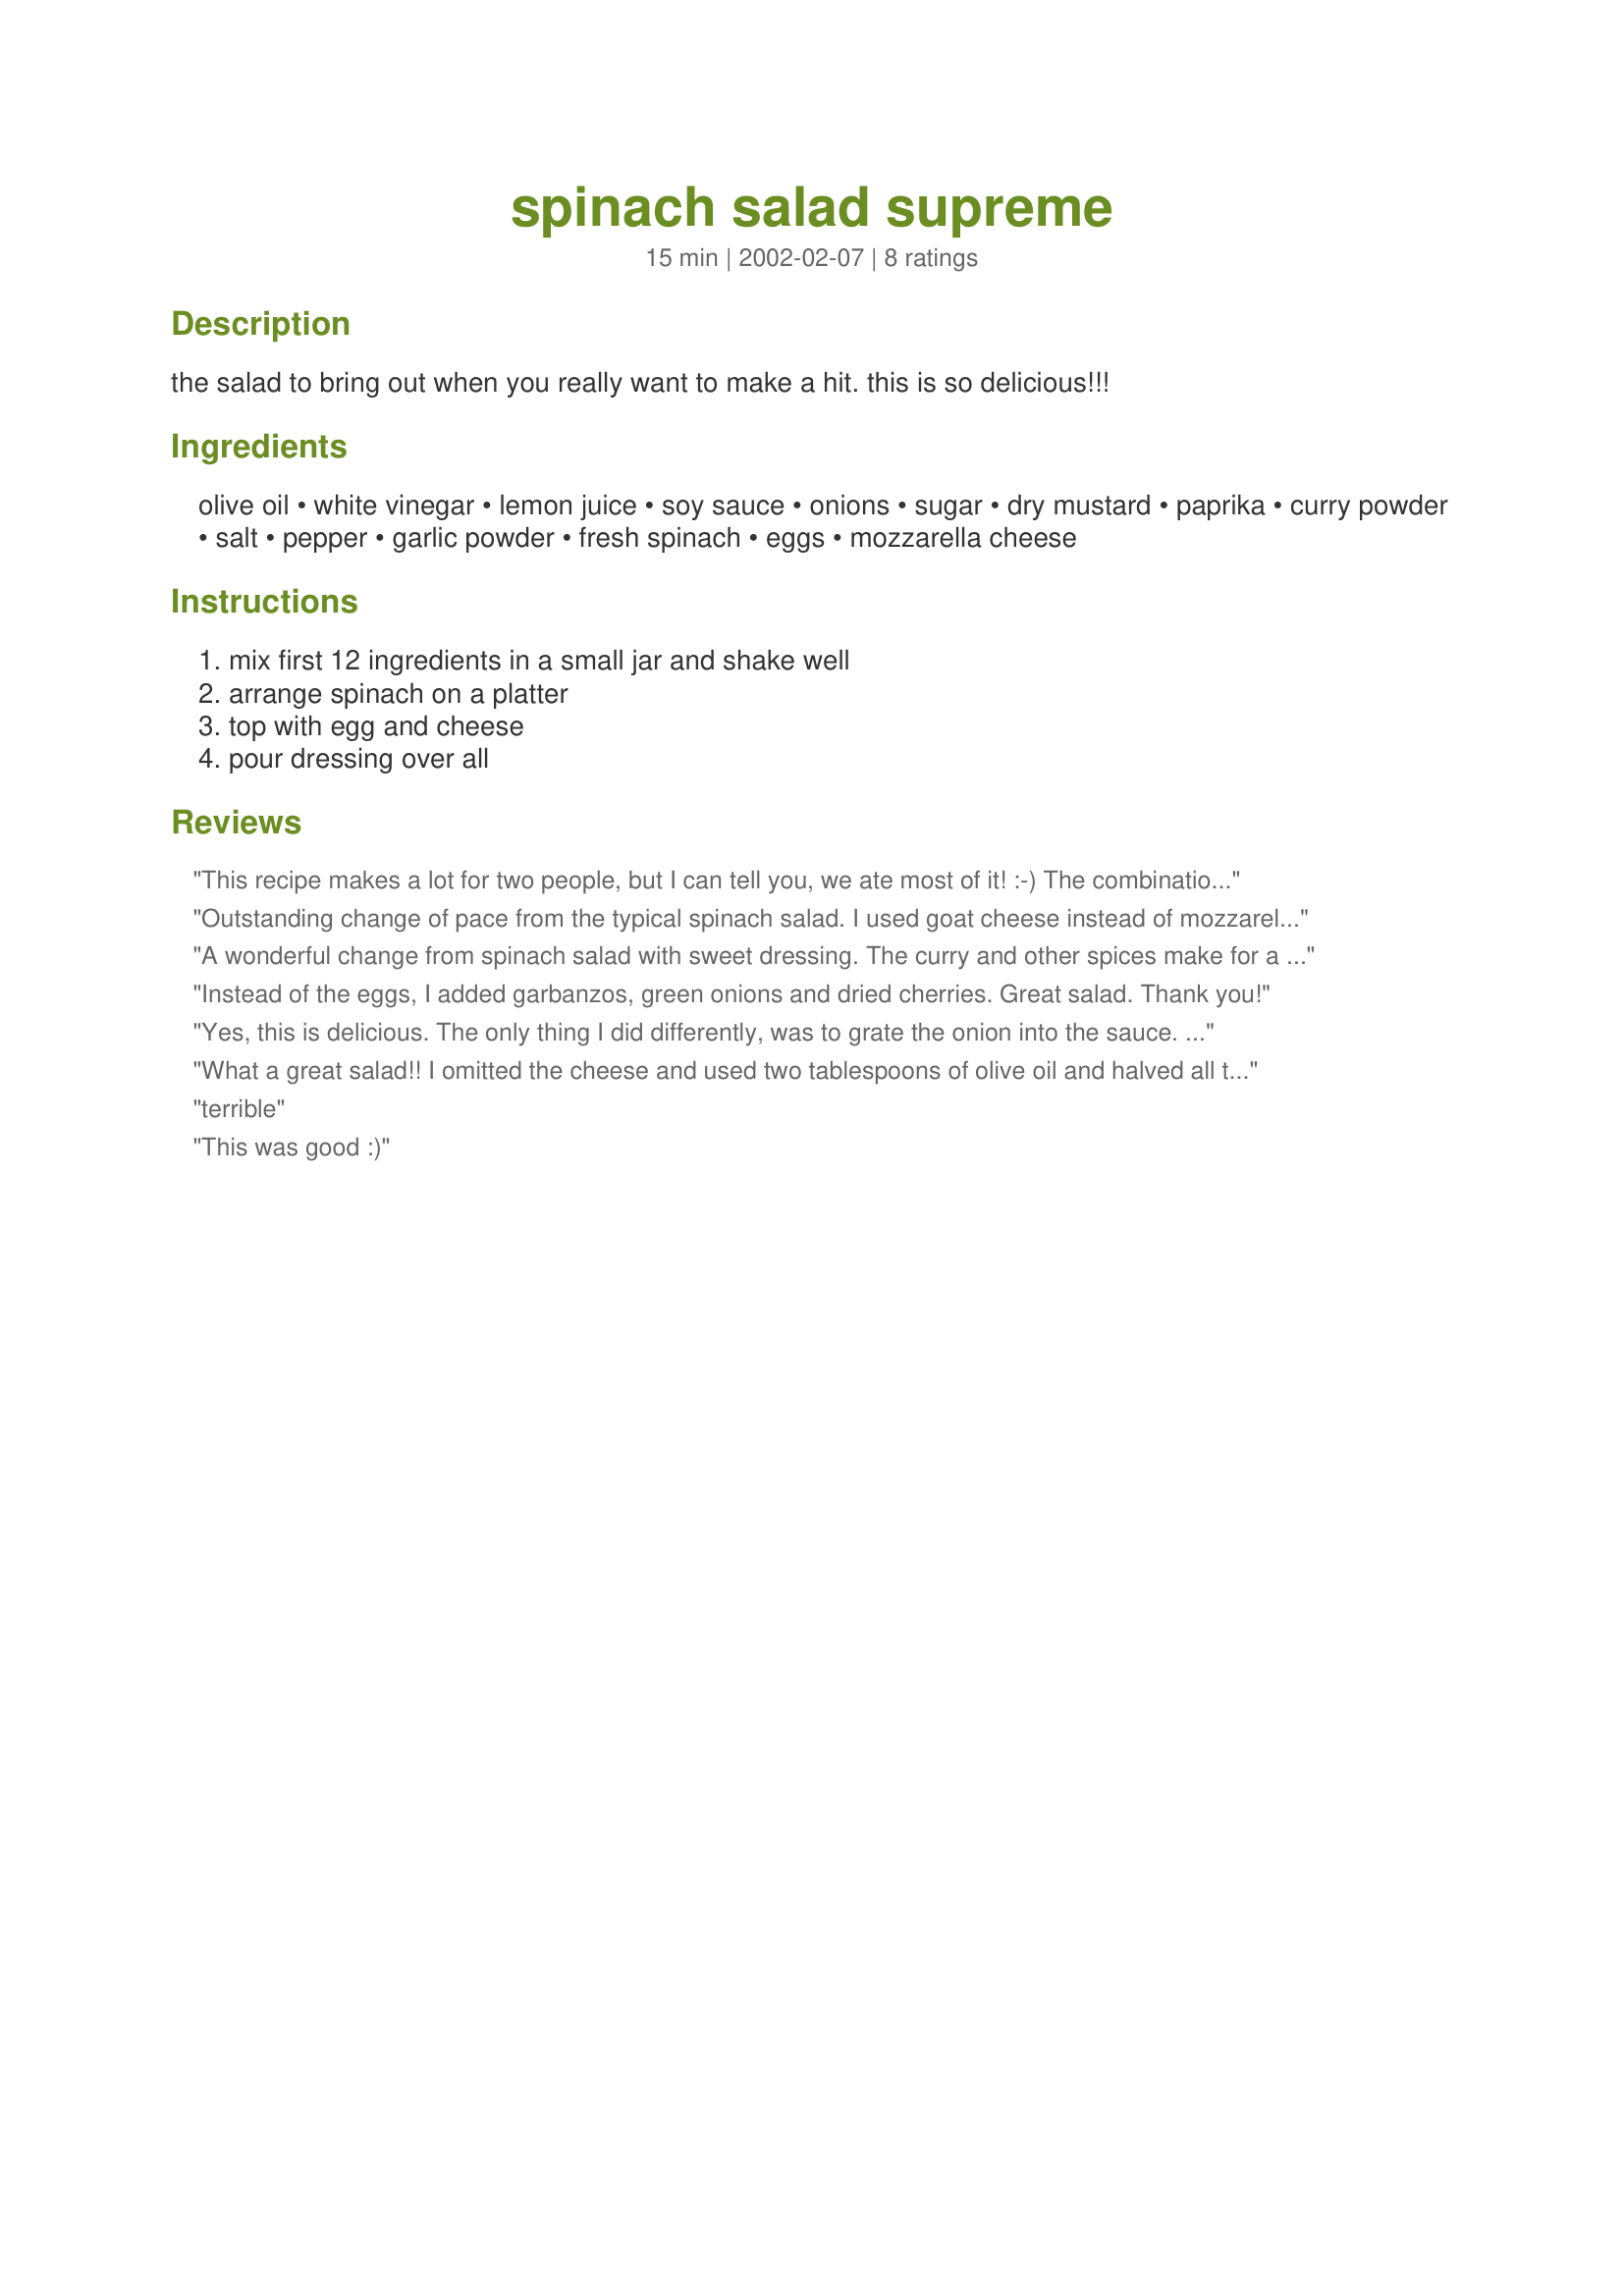
spinach salad supreme
Preparation time: 15 minutes

the salad to bring out when you really want to make a hit. this is so delicious!!!

Ingredients:
olive oil, white vinegar, lemon juice, soy sauce, onions, sugar, dry mustard, paprika, curry powder, salt, pepper, garlic powder, fresh spinach, eggs, mozzarella cheese

Steps:
mix first 12 ingredients in a small jar and shake well, arrange spinach on a platter, top with egg and cheese, pour dressing over all

Reviews:
This recipe makes a lot for two people, but I can tell you, we ate most of it! :-)
The combination ingredients for the dressing was outstanding. Very flavorful! I made this exactly as written, but added some tangerine canoes for contrast and color. Thanks, Nezz for sharing! Wonderful recipe!
Outstanding change of pace from the typical spinach salad. I used goat cheese instead of mozzarella and it was spectacular!
A wonderful change from spinach salad with sweet dressing. The curry and other spices make for a beautifully colored and flavorful dressing. I would suggest making the dressing early, a day ahead if possible, as it is so much better when the flavors have had a chance to blend. Thanks MizzNezz for a lovely and unusual salad that I'll make and enjoy again!
Instead of the eggs, I added garbanzos, green onions and dried cherries. Great salad. Thank you!
Yes, this is delicious. The only thing I did differently, was to grate the onion into the sauce. Not sure how the eggs were to be done, so I sliced them. :)
What a great salad!! I omitted the cheese and used two tablespoons of olive oil and halved all the other dressing ingredients since I only made it for myself. What a find! The reason I'm really happy with this is it was like eating devilish eggs...only on spinach (and everyone knows we all need more of that! ;) thanks MizzNezz!
terrible
This was good :)
